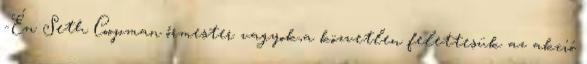
-Én Seth Coopman őrmester vagyok,a közvetlen felettesük az akció